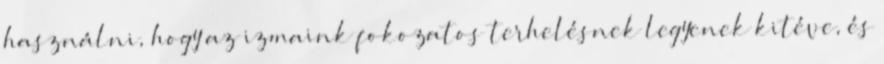
használni, hogy az izmaink fokozatos terhelésnek legyenek kitéve, és